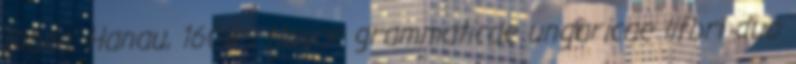
Biblia. Hanau, 1608 ; Novae grammaticae ungaricae lifbri duo